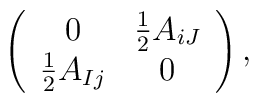
\left( \begin{array}{cc} 0 & {1\over 2} A_{iJ} \\ {1\over 2} A_{Ij} & 0\end{array}\right),